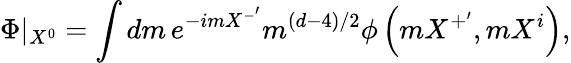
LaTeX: \Phi|_{X^{0}}=\int dm\, e^{-imX^{-^{\prime}}}m^{\left(d-4\right)/2}\phi\left(mX^{+^{\prime}},mX^{i}\right),